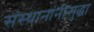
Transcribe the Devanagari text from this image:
संस्थानांनीसुद्धा